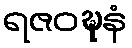
ရဇဝဍ္ဎနံ